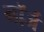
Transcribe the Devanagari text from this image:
नॉर्ज